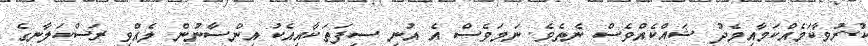
ކުރުވާކަމެއްކަމާއިމެދު ޝައްކެއްވެސް ނެތެވެ. ނަމަވެސް އެ އުނި ސިފަތަކާއިއެކު އިންސާނުން ލެއްވި ރަސްކަލާނގެ